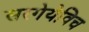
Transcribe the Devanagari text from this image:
सरगेयेविच